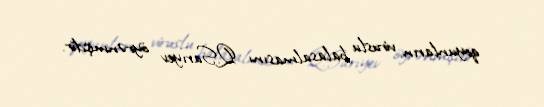
qoyunların viruslu balasalmasını Q.Sarıyev öyrənmişdir.